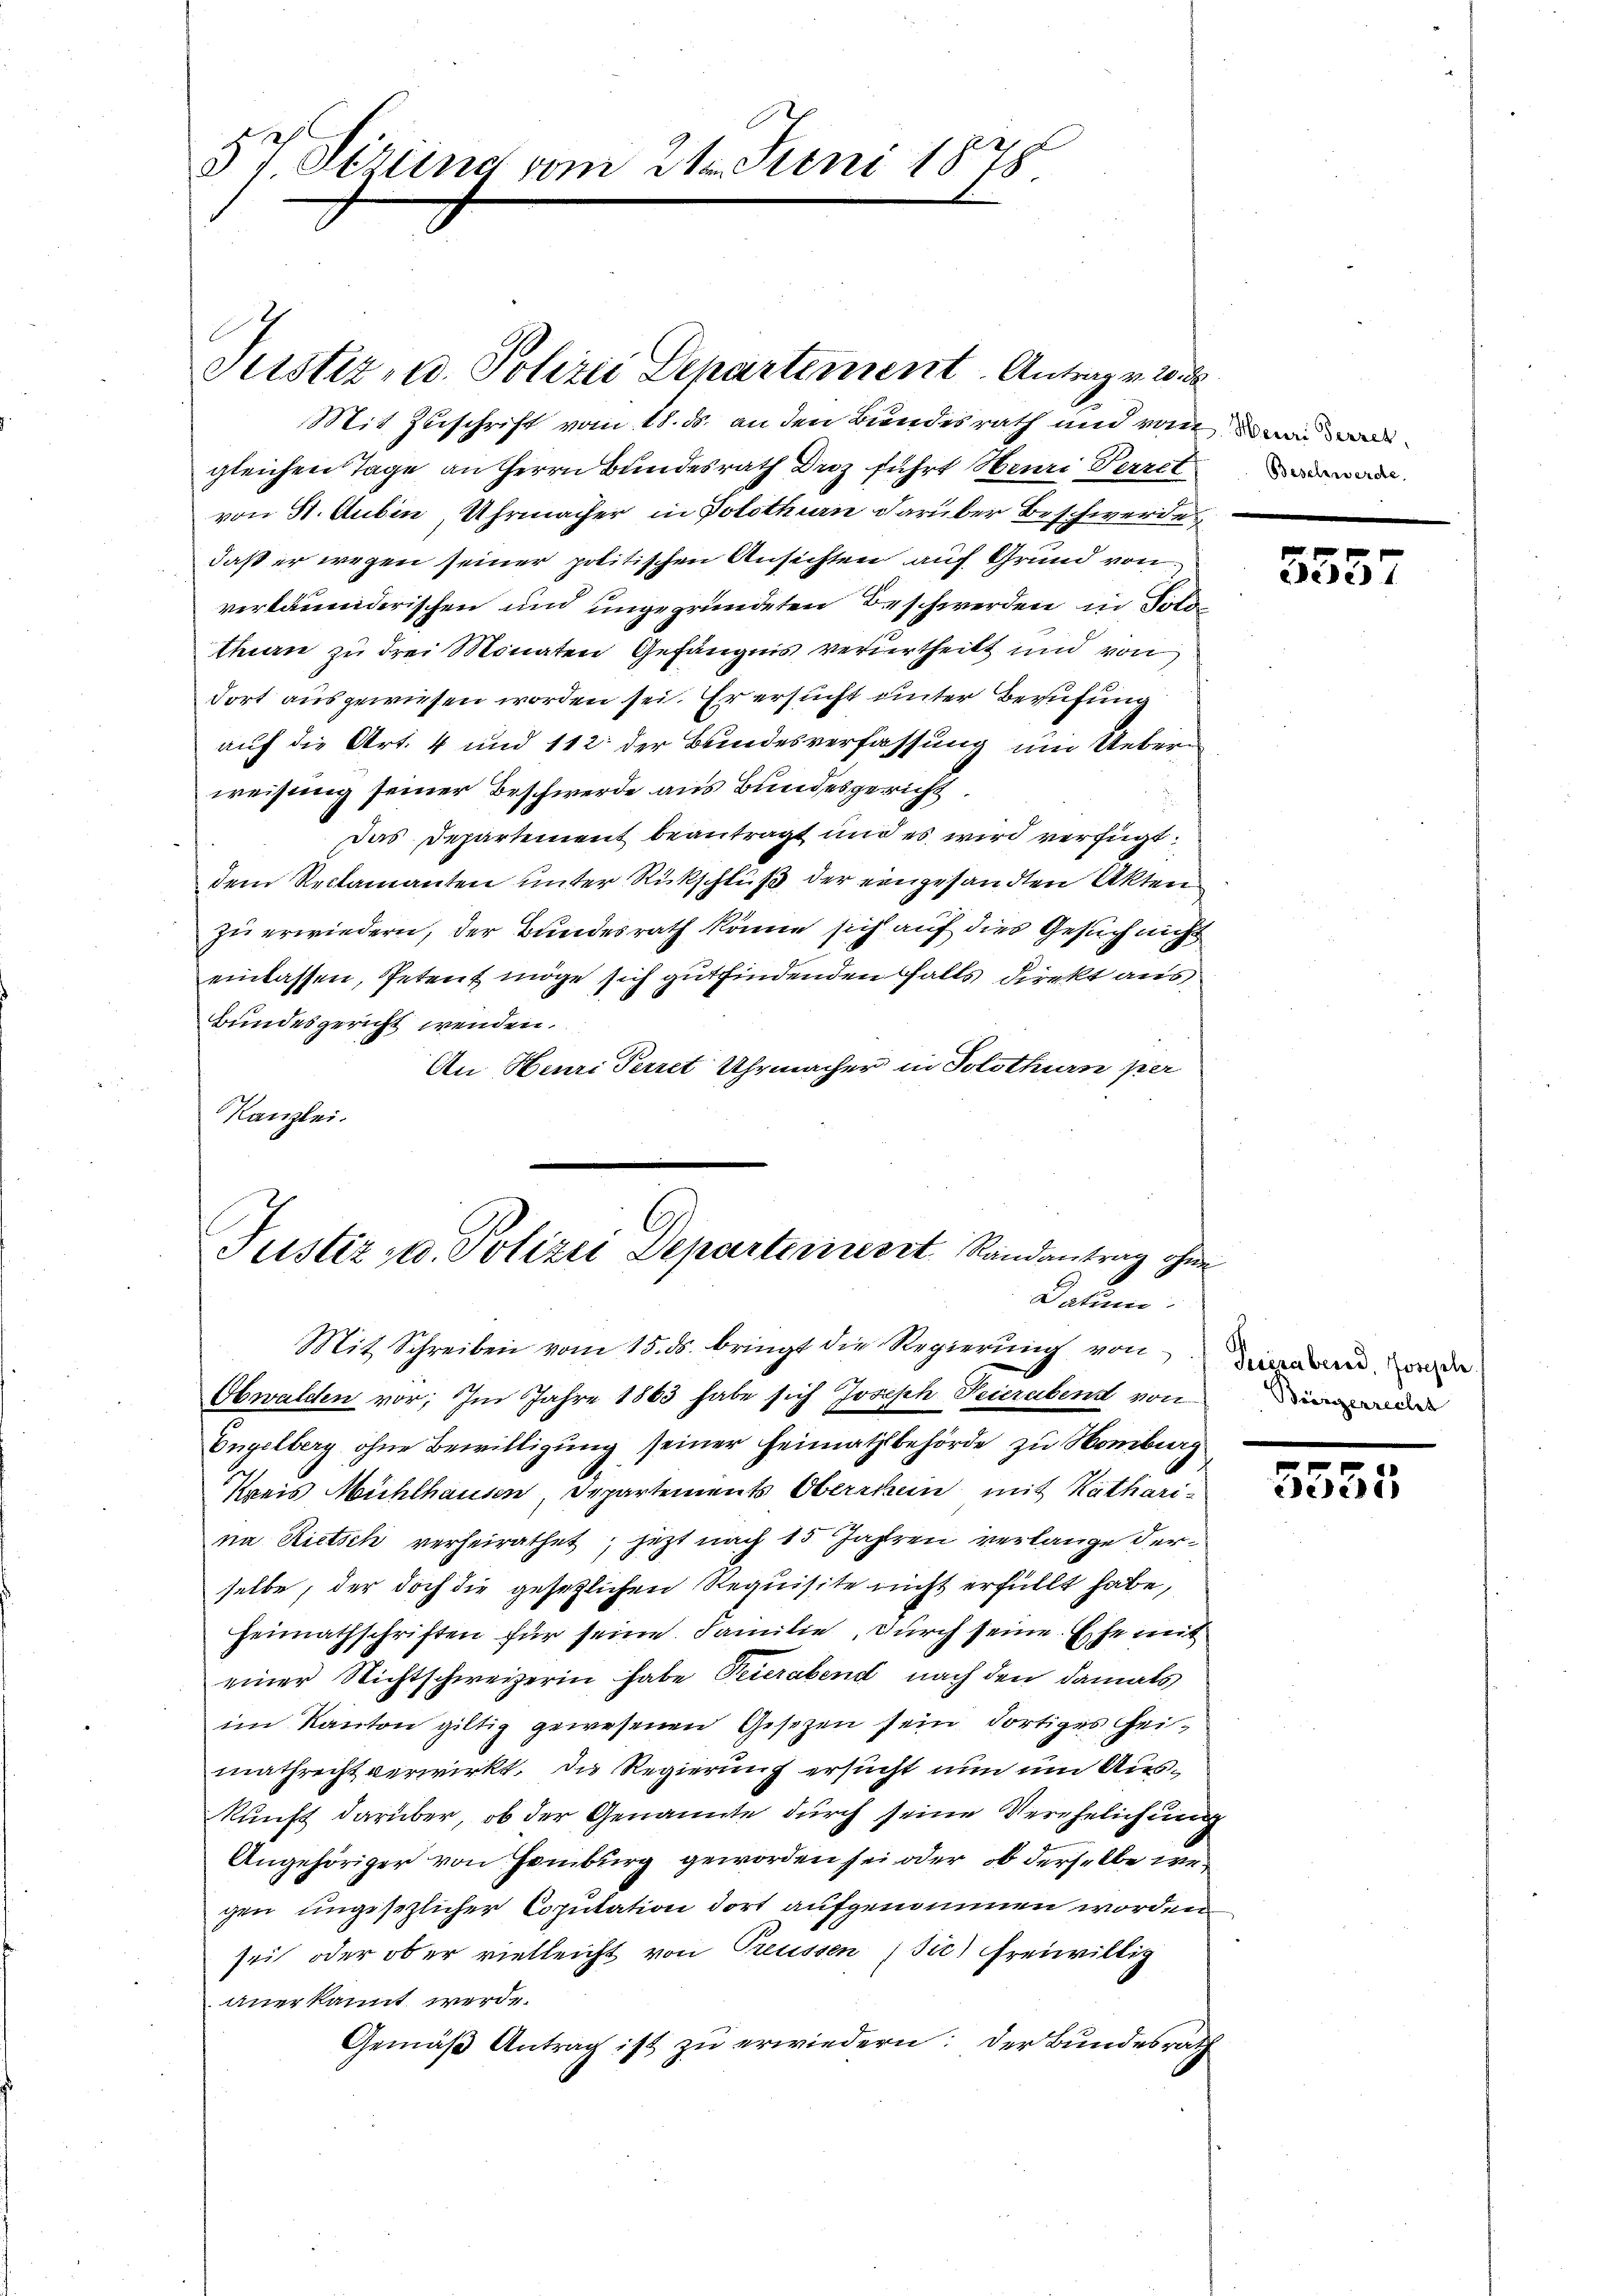
57 Sirung vom

Sistiz- u. Polizei Departement Antrag v. 2. 22.
Mit Zuschrift vom 18. ds. an den Bundesrath und vom man al
gleichen Tage an Herrn Bundesrath Droz führt Henri Perret
von 51. Aubin Uhrmacher in Potothan darüber Beschwerde
daß er wegen seiner politischen Ansichten auf Grund von
verläumderischen und ungegründeten Beschwerden in Told
then zu drei Monaten Gefängnis verurtheilt und von
dort ausgewiesen worden sei. Er ersucht unter Berufung
auf die Art. 4 und 112 der Bundesverfassung um Ueberweisung seiner Beschwerde aus Bundesgericht.
Das Departement beantragt und es wird verfügt:
dem Reclamanten unter Rückschluß der eingesandten Akten
zu erwiedern, der Bundesrath könne sich auf dies Gesuch nicht
einlassen, Petent möge sich gutfindenden Halts direkt aus
Bundesgericht wenden.
An Henri Perret Uhrmacher in Solothurn per
Kanzlei.
Justiz- u. Polizei Departeriert Randantrag ohne

Datum
Mit Schreiben vom 15. ds. bringt die Regierŭng von in de

2. Juni 1878.

Beschwerde.

Obwalden vor; Im Jahre 1863 habe sich Joseph Feierabend von
Engelberg ohne Bewilligung seiner Heimathsbehörde zu Homburg
Kreis Mühlhausen, Departements Oberstein mit Katharina Rietsch verheirathet, jetzt nach 15 Jahren verlange derselbe, der doch die gesetzlichen Requisite nicht erfüllt habe,
heimathschriften für seine Familie, durch seine Ehe mit
einer Nichtschweizerin habe Peuerabend nach den damals
im Kanton giltig gewesenen Gesetzen sein dortiges Heimathrecht verwirkt, die Regierung ersucht nun um Auskunft darüber, ob der Genannte durch seine Verehelichung
Angehöriger von Hamburg geworden sei oder ob derselbe wegen ungesezlicher Copulation dort aufgenommen worden,
sei oder ob er vielleicht von Treussen (sic) freiwillig
anerkannt werde.
Gemäß Antrag ist zu erwiedern: der Bundesrath

5557

Biergerrecht

.
5355